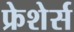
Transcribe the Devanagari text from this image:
फ्रेशेर्स